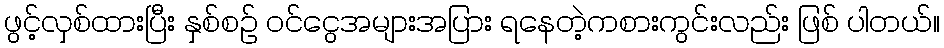
ဖွင့်လှစ်ထားပြီး နှစ်စဉ် ဝင်ငွေအများအပြား ရနေတဲ့ကစားကွင်းလည်း ဖြစ် ပါတယ်။